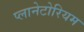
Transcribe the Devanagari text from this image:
प्लानेटोरियम